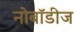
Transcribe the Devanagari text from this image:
नोबॉडीज